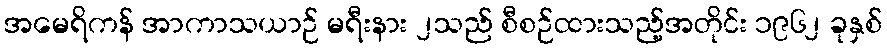
အမေရိကန် အာကာသယာဉ် မရီးနား ၂သည် စီစဉ်ထားသည့်အတိုင်း ၁၉၆၂ ခုနှစ်